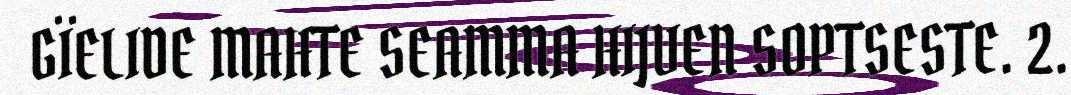
GÏELIDE MAHTE SEAMMA HIJVEN SOPTSESTE. 2.